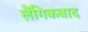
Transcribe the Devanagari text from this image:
लैंगिकवाद